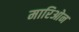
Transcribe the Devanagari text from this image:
मारिओन